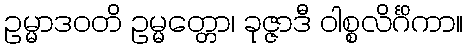
ဥမ္မာဒဝတိ ဥမ္မတ္တော၊ ခုဇ္ဇာဒီ ဝါစ္စလိင်္ဂိကာ။